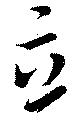
立